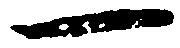
一